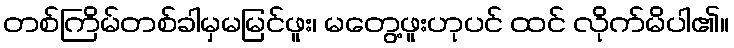
တစ်ကြိမ်တစ်ခါမှမမြင်ဖူး၊ မတွေ့ဖူးဟုပင် ထင် လိုက်မိပါ၏။